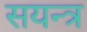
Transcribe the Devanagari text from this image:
सयन्त्र